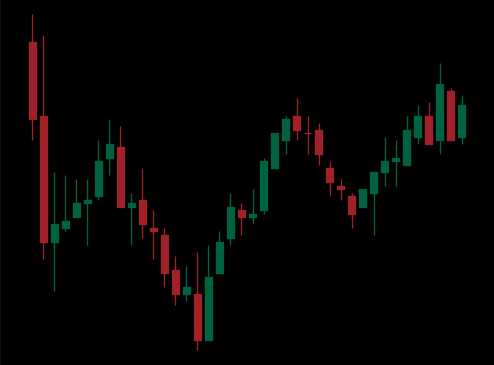
Pattern: inverse_head_shoulders